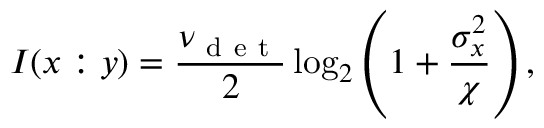
I ( x : y ) = \frac { \nu _ { \mathrm { ~ d ~ e ~ t ~ } } } { 2 } \log _ { 2 } \left( 1 + \frac { \sigma _ { x } ^ { 2 } } { \chi } \right) ,